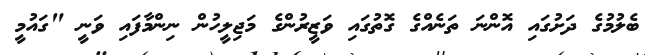
ބެލުމުގެ ދަށުގައި އޮންނަ ތަނެއްގެ ގޮތުގައި ވަޒީރުންގެ މަޖިލީހުން ނިންމާފައި ވަނީ "ގައުމީ